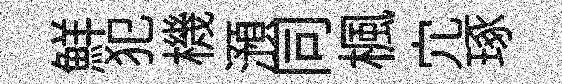
鮮犯機澦同楓宂琢